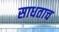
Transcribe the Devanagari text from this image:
साधताच